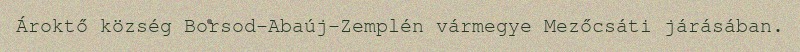
Ároktő község Borsod-Abaúj-Zemplén vármegye Mezőcsáti járásában.